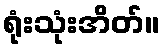
ရုံးသုံးအိတ်။